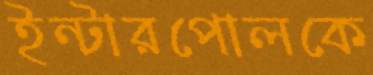
ইন্টারপোলকে